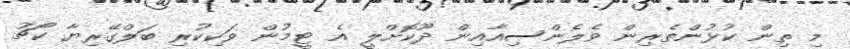
މި ތިން ކުޅުންތެރިން ވެލެންސިއާއިން ދޫކޮށްލީ އެ ޓީމުން ވަކިކުރި ބަލްގޭރިޔާ ކޯޗު